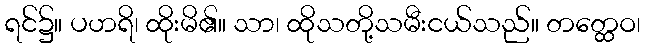
ရင်၌။ ပဟရိ၊ ထိုးမိ၏။ သာ၊ ထိုသတို့သမီးငယ်သည်။ တတ္ထေဝ၊